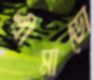
শ্রীমাভো